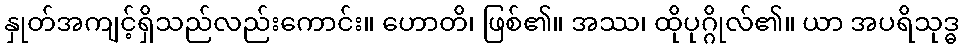
နှုတ်အကျင့်ရှိသည်လည်းကောင်း။ ဟောတိ၊ ဖြစ်၏။ အဿ၊ ထိုပုဂ္ဂိုလ်၏။ ယာ အပရိသုဒ္ဓ